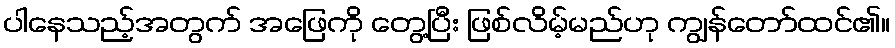
ပါနေသည့်အတွက် အဖြေကို တွေ့ပြီး ဖြစ်လိမ့်မည်ဟု ကျွန်တော်ထင်၏။